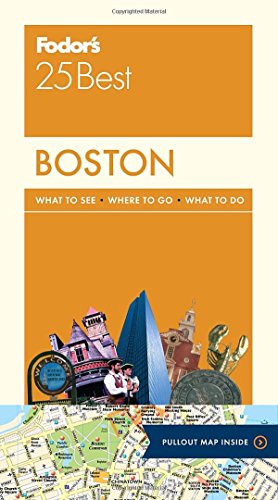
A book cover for Fodor's Boston 25 Best (Full-color Travel Guide); Fodor's; Travel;